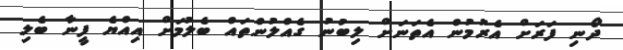
ދޯނި ފަރަށް އެރުމުން އެތަނަށް ލިބުނު ގެއްލުންތައް ބެލުމަށް އިއްޔެ ފީނާ ބެލި